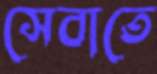
সেবাতে